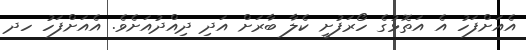
އެއަށްފަހު އެ އަތޮޅުގެ ހޯރަފުށީ ކެލާ ބާރަށް އަދި ދިއްދުއަށެވެ. އެއަށްފަހު ހދ